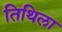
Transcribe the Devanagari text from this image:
तिथिला